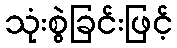
သုံးစွဲခြင်းဖြင့်